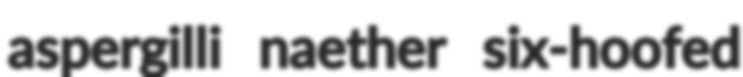
aspergilli naether six-hoofed